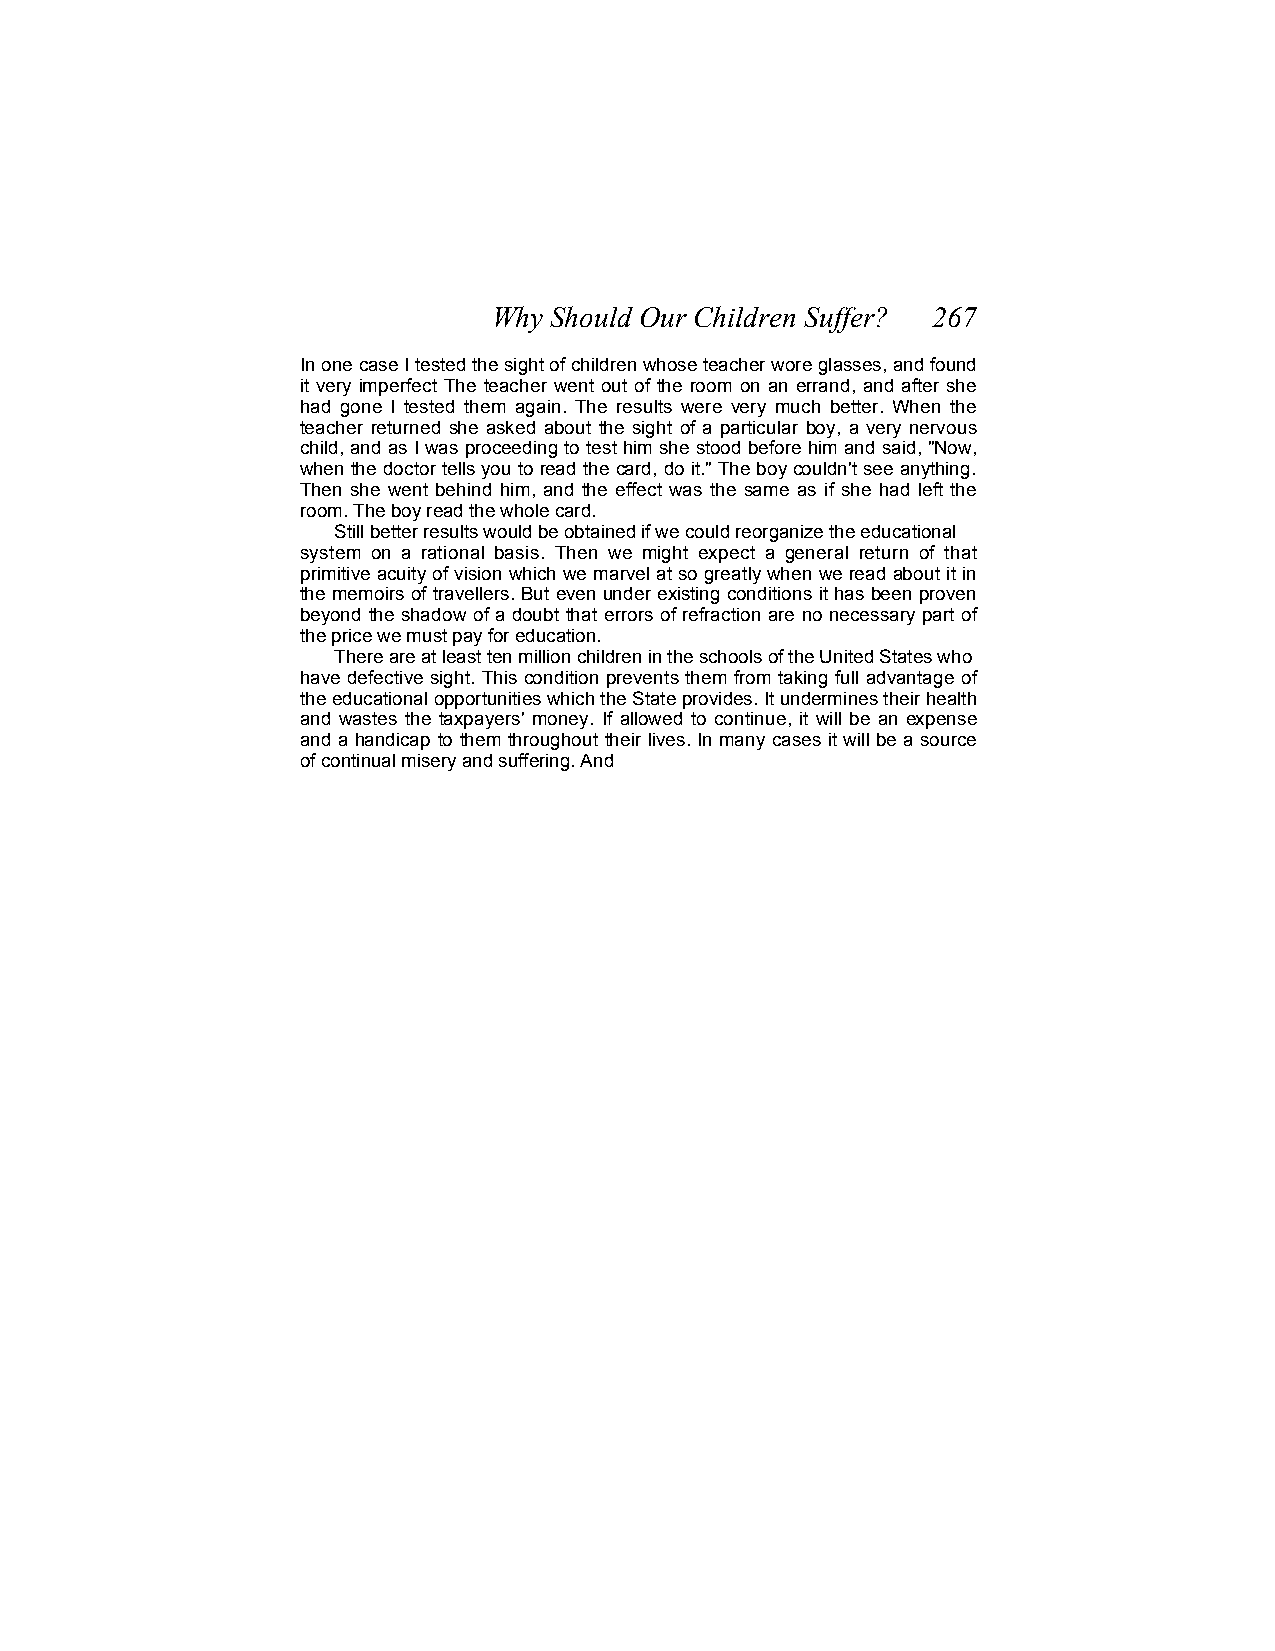
Why Should Our Children Suffer? 267
 In one case I tested the sight of children whose teacher wore glasses, and found
 it very imperfect The teacher went out of the room on an errand, and after she
 had gone I tested them again. The results were very much better. When the
 teacher returned she asked about the sight of a particular boy, a very nervous
 child, and as I was proceeding to test him she stood before him and said, "Now,
 when the doctor tells you to read the card, do it." The boy couldn't see anything.
 Then she went behind him, and the effect was the same as if she had left the
 room. The boy read the whole card.
 Still better results would be obtained if we could reorganize the educational
 system on a rational basis. Then we might expect a general return of that
 primitive acuity of vision which we marvel at so greatly when we read about it in
 the memoirs of travellers. But even under existing conditions it has been proven
 beyond the shadow of a doubt that errors of refraction are no necessary part of
 the price we must pay for education.
 There are at least ten million children in the schools of the United States who
 have defective sight. This condition prevents them from taking full advantage of
 the educational opportunities which the State provides. It undermines their health
 and wastes the taxpayers' money. If allowed to continue, it will be an expense
 and a handicap to them throughout their lives. In many cases it will be a source
 of continual misery and suffering. And